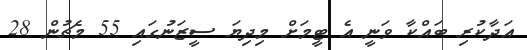
އަދާކުރި ބައްކާ ވަނީ އެ ޓީމަށް މިދިޔަ ސީޒަނުގައި 55 މެޗުން 28